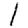
Digit: 1